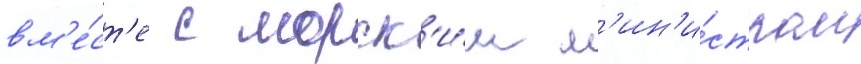
вм'е́ст'е с морск'и́м м'ин'и́стром